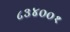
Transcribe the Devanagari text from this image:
८३४००१